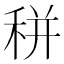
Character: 𥞩